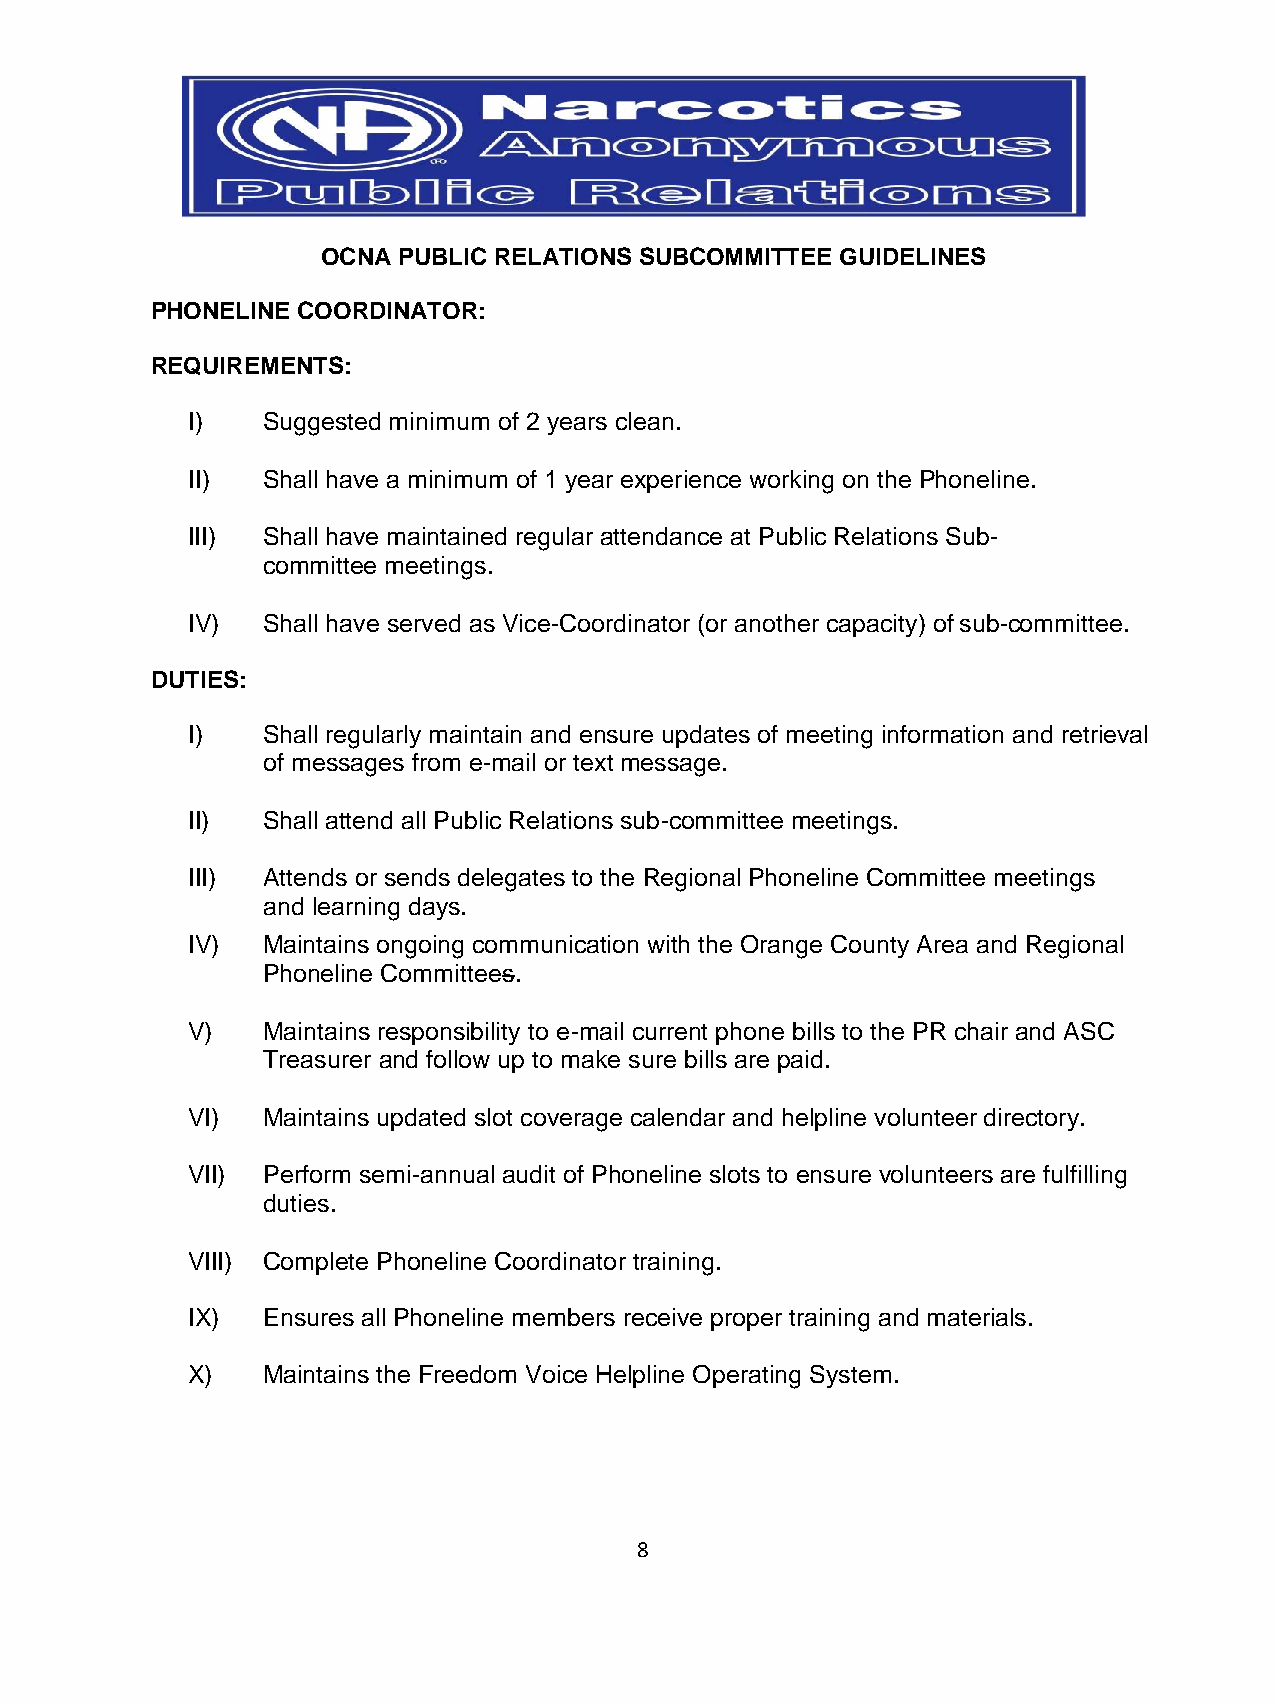
OCNA PUBLIC RELATIONS SUBCOMMITTEE GUIDELINES
 PHONELINE COORDINATOR:
 REQUIREMENTS:
 I)   Suggested minimum of 2 years clean.
 II)  Shall have a minimum of 1 year experience working on the Phoneline.
 III) Shall have maintained regular attendance at Public Relations Sub-
 committee meetings.
 IV)  Shall have served as Vice-Coordinator (or another capacity) of sub-committee.
 DUTIES:
 I)   Shall regularly maintain and ensure updates of meeting information and retrieval
 of messages from e-mail or text message.
 II)  Shall attend all Public Relations sub-committee meetings.
 III) Attends or sends delegates to the Regional Phoneline Committee meetings
 and learning days.
 IV)  Maintains ongoing communication with the Orange County Area and Regional
 Phoneline Committees.
 V)   Maintains responsibility to e-mail current phone bills to the PR chair and ASC
 Treasurer and follow up to make sure bills are paid.
 VI)  Maintains updated slot coverage calendar and helpline volunteer directory.
 VII) Perform semi-annual audit of Phoneline slots to ensure volunteers are fulfilling
 duties.
 VIII) Complete Phoneline Coordinator training.
 IX)  Ensures all Phoneline members receive proper training and materials.
 X)   Maintains the Freedom Voice Helpline Operating System.
 8